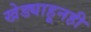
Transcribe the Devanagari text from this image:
खेड्याहूनही